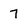
Character: 7